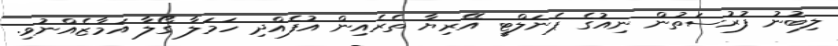
ލިބުނު ފުރުސަތުން ނިއުގެ ޕެނަލްޓީ އޭރިޔާ ތެރެއިން އުފެއްދި ހަމަލާ ގޯލާ އަމާޒެއްނުވި.